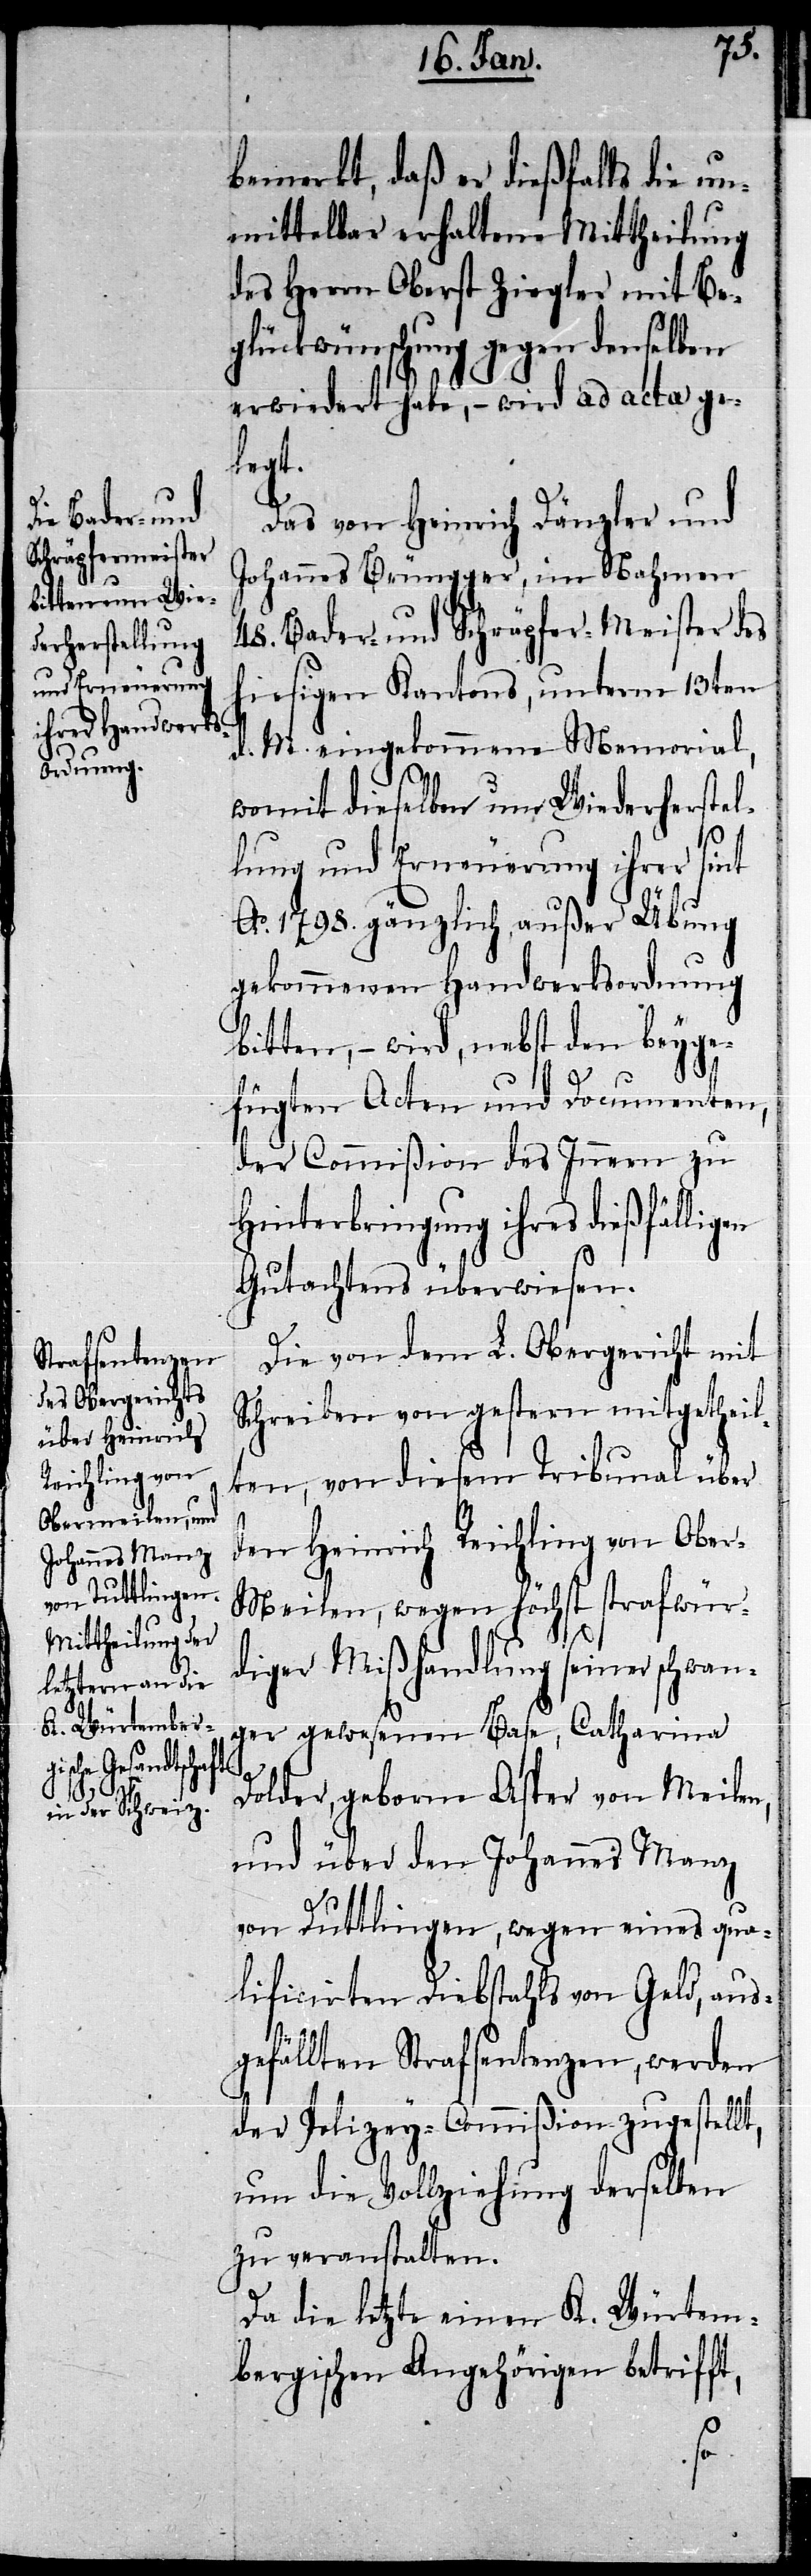
bemerkt, daß er dießfalls die un¬
mittelbar erhaltene Mittheilung
des Herrn Oberst Ziegler mit Be¬
glückwünschung gegen denselben
erwiedert habe, – wird ad acta ge¬
legt.
Das von Heinrich Dänzler und
Johannes Brüngger, im Nahmen
48. Bader- und Schräpfer-Meister des
hiesigen Kantons, unterm 13ten
d. M. eingekommene Memorial,
womit dieselben um Wiederherstel¬
lung und Erneuerung ihrer sint
Ao. 1798. gänzlich außer Übung
gekommenen Handwerksordnung
bitten, – wird, nebst den beyge¬
fügten Acten und Documenten,
der Commißion des Innern zu
Hinterbringung ihres dießfälligen
Gutachtens überwiesen.
Die von dem L. Obergericht mit
Schreiben von gestern mitgetheil¬
ten, von diesem Tribunal über
den Heinrich Reichling von Ober-M¬
eilen, wegen höchst strafwür¬
diger Mißhandlung seiner schwan¬
ger gewesenen Base, Catharina
Dolder, geborne Asper von Meilen,
und über den Johannes Manz
von Duttlingen, wegen eines qua¬
lificirten Diebstahls von Geld, aus¬
gefällten Strafsentenzen, werden
der Polizey-Commißion zugestellt,
um die Vollziehung derselben
zu veranstalten.
Da die letzte einen K. Würtem¬
bergischen Angehörigen betrifft,